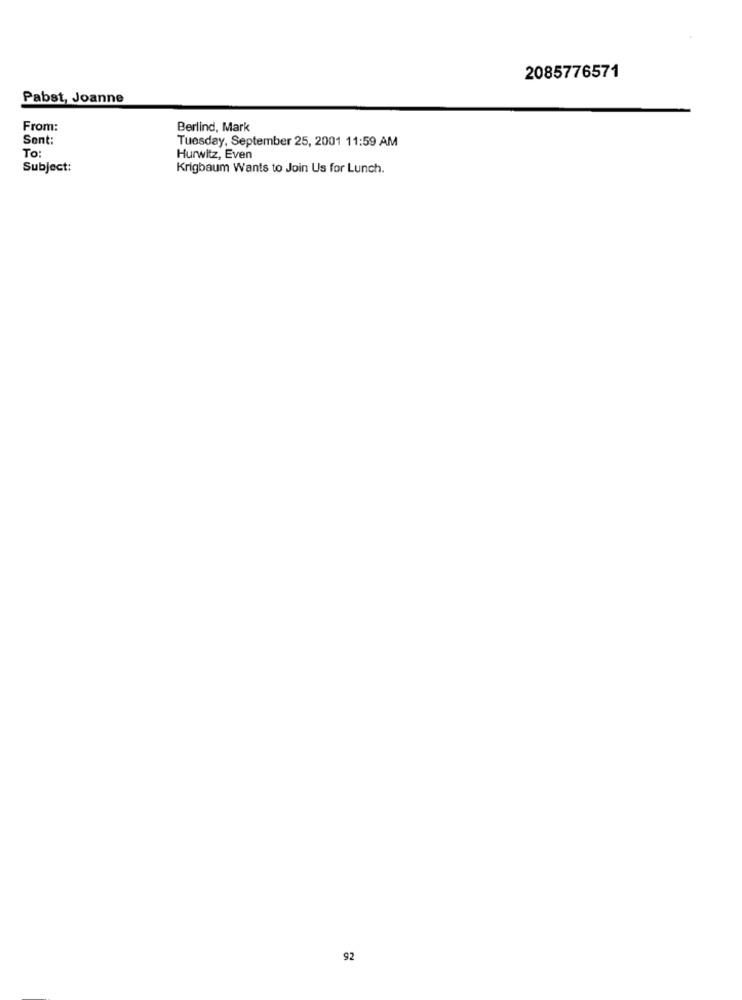
2085776571
Pabst, Joanne
From:
Berlind, Mark
Sent:
Tuesday, September 25, 2001 11:59 AM
To
Hurwitz, Even
Subject:
Krigbaum Wants to Join Us for Lunch.
92